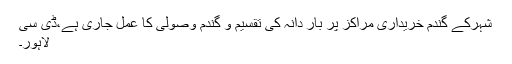
شہرکے گندم خریداری مراکز پر بار دانہ کی تقسیم و گندم وصولی کا عمل جاری ہے،ڈی سی
لاہور۔